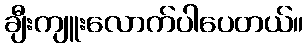
ချီးကျူးလောက်ပါပေတယ်။